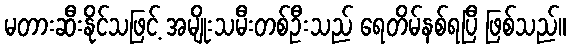
မတားဆီးနိုင်သဖြင့် အမျိုးသမီးတစ်ဦးသည် ရေတိမ်နစ်ရပြီ ဖြစ်သည်။